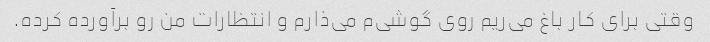
وقتی برای کار باغ می‌ریم روی گوشی‌م می‌ذارم و انتظارات من رو برآورده کرده.